画像に写った文字を読んでください
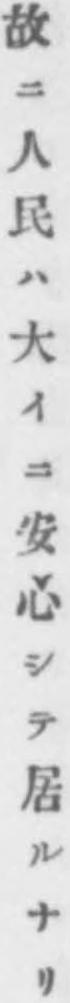
「故ニ人民ハ大イニ安心シテ居ルナリ」と書いてあります